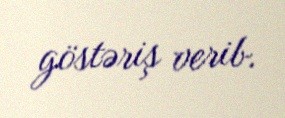
göstəriş verib.